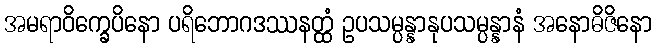
အမရာဝိက္ခေပိနော ပရိဘောဂဒဿနတ္ထံ ဥပသမ္ပန္နာနုပသမ္ပန္နာနံ အနောဓိဇိနော